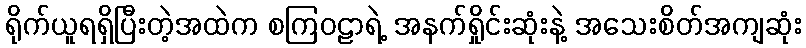
ရိုက်ယူရရှိပြီးတဲ့အထဲက စကြဝဠာရဲ့ အနက်ရှိုင်းဆုံးနဲ့ အသေးစိတ်အကျဆုံး